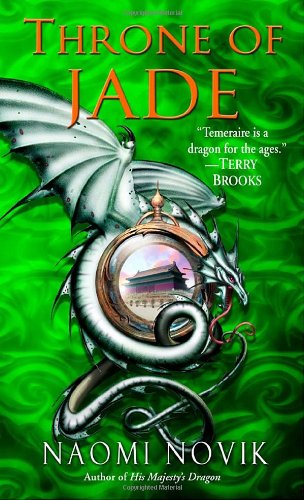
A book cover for Throne of Jade (Temeraire, Book 2); Naomi Novik; Science Fiction & Fantasy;